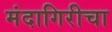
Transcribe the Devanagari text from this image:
मंदागिरीचा